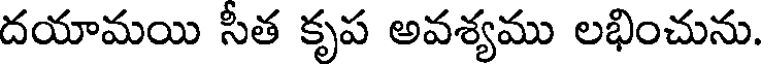
దయామయి సీత కృప అవశ్యము లభించును.